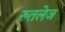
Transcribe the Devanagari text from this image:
रुतलेज